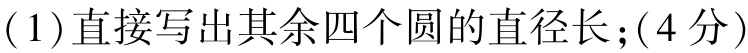
(1)直接写出其余四个圆的直径长；(4分)